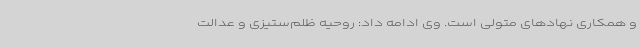
و همکاری نهادهای متولی است. وی ادامه داد: روحیه ظلم‌ستیزی و عدالت